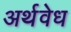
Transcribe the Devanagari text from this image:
अर्थवेध